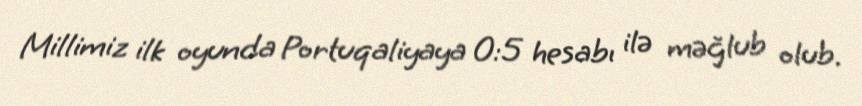
Millimiz ilk oyunda Portuqaliyaya 0:5 hesabı ilə məğlub olub.